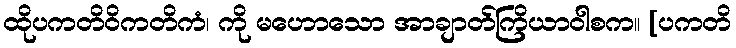
ထိုပကတိဝိကတိကံ၊ ကို မဟောသော အာချာတ်ကြိယာဝါစက။ [ပကတိ